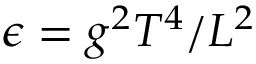
\epsilon = g ^ { 2 } T ^ { 4 } / L ^ { 2 }